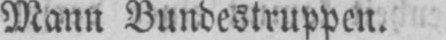
Mann Bundestruppen.